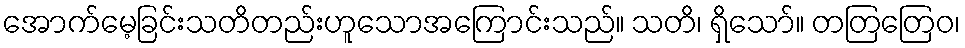
အောက်မေ့ခြင်းသတိတည်းဟူသောအကြောင်းသည်။ သတိ၊ ရှိသော်။ တတြတြေဝ၊